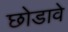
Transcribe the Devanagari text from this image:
छोडावे